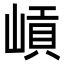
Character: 𡺭